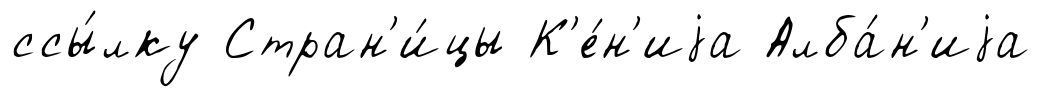
ссы́лку Стран'и́цы К'е́н'иjа Алба́н'иjа